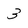
Character: 3